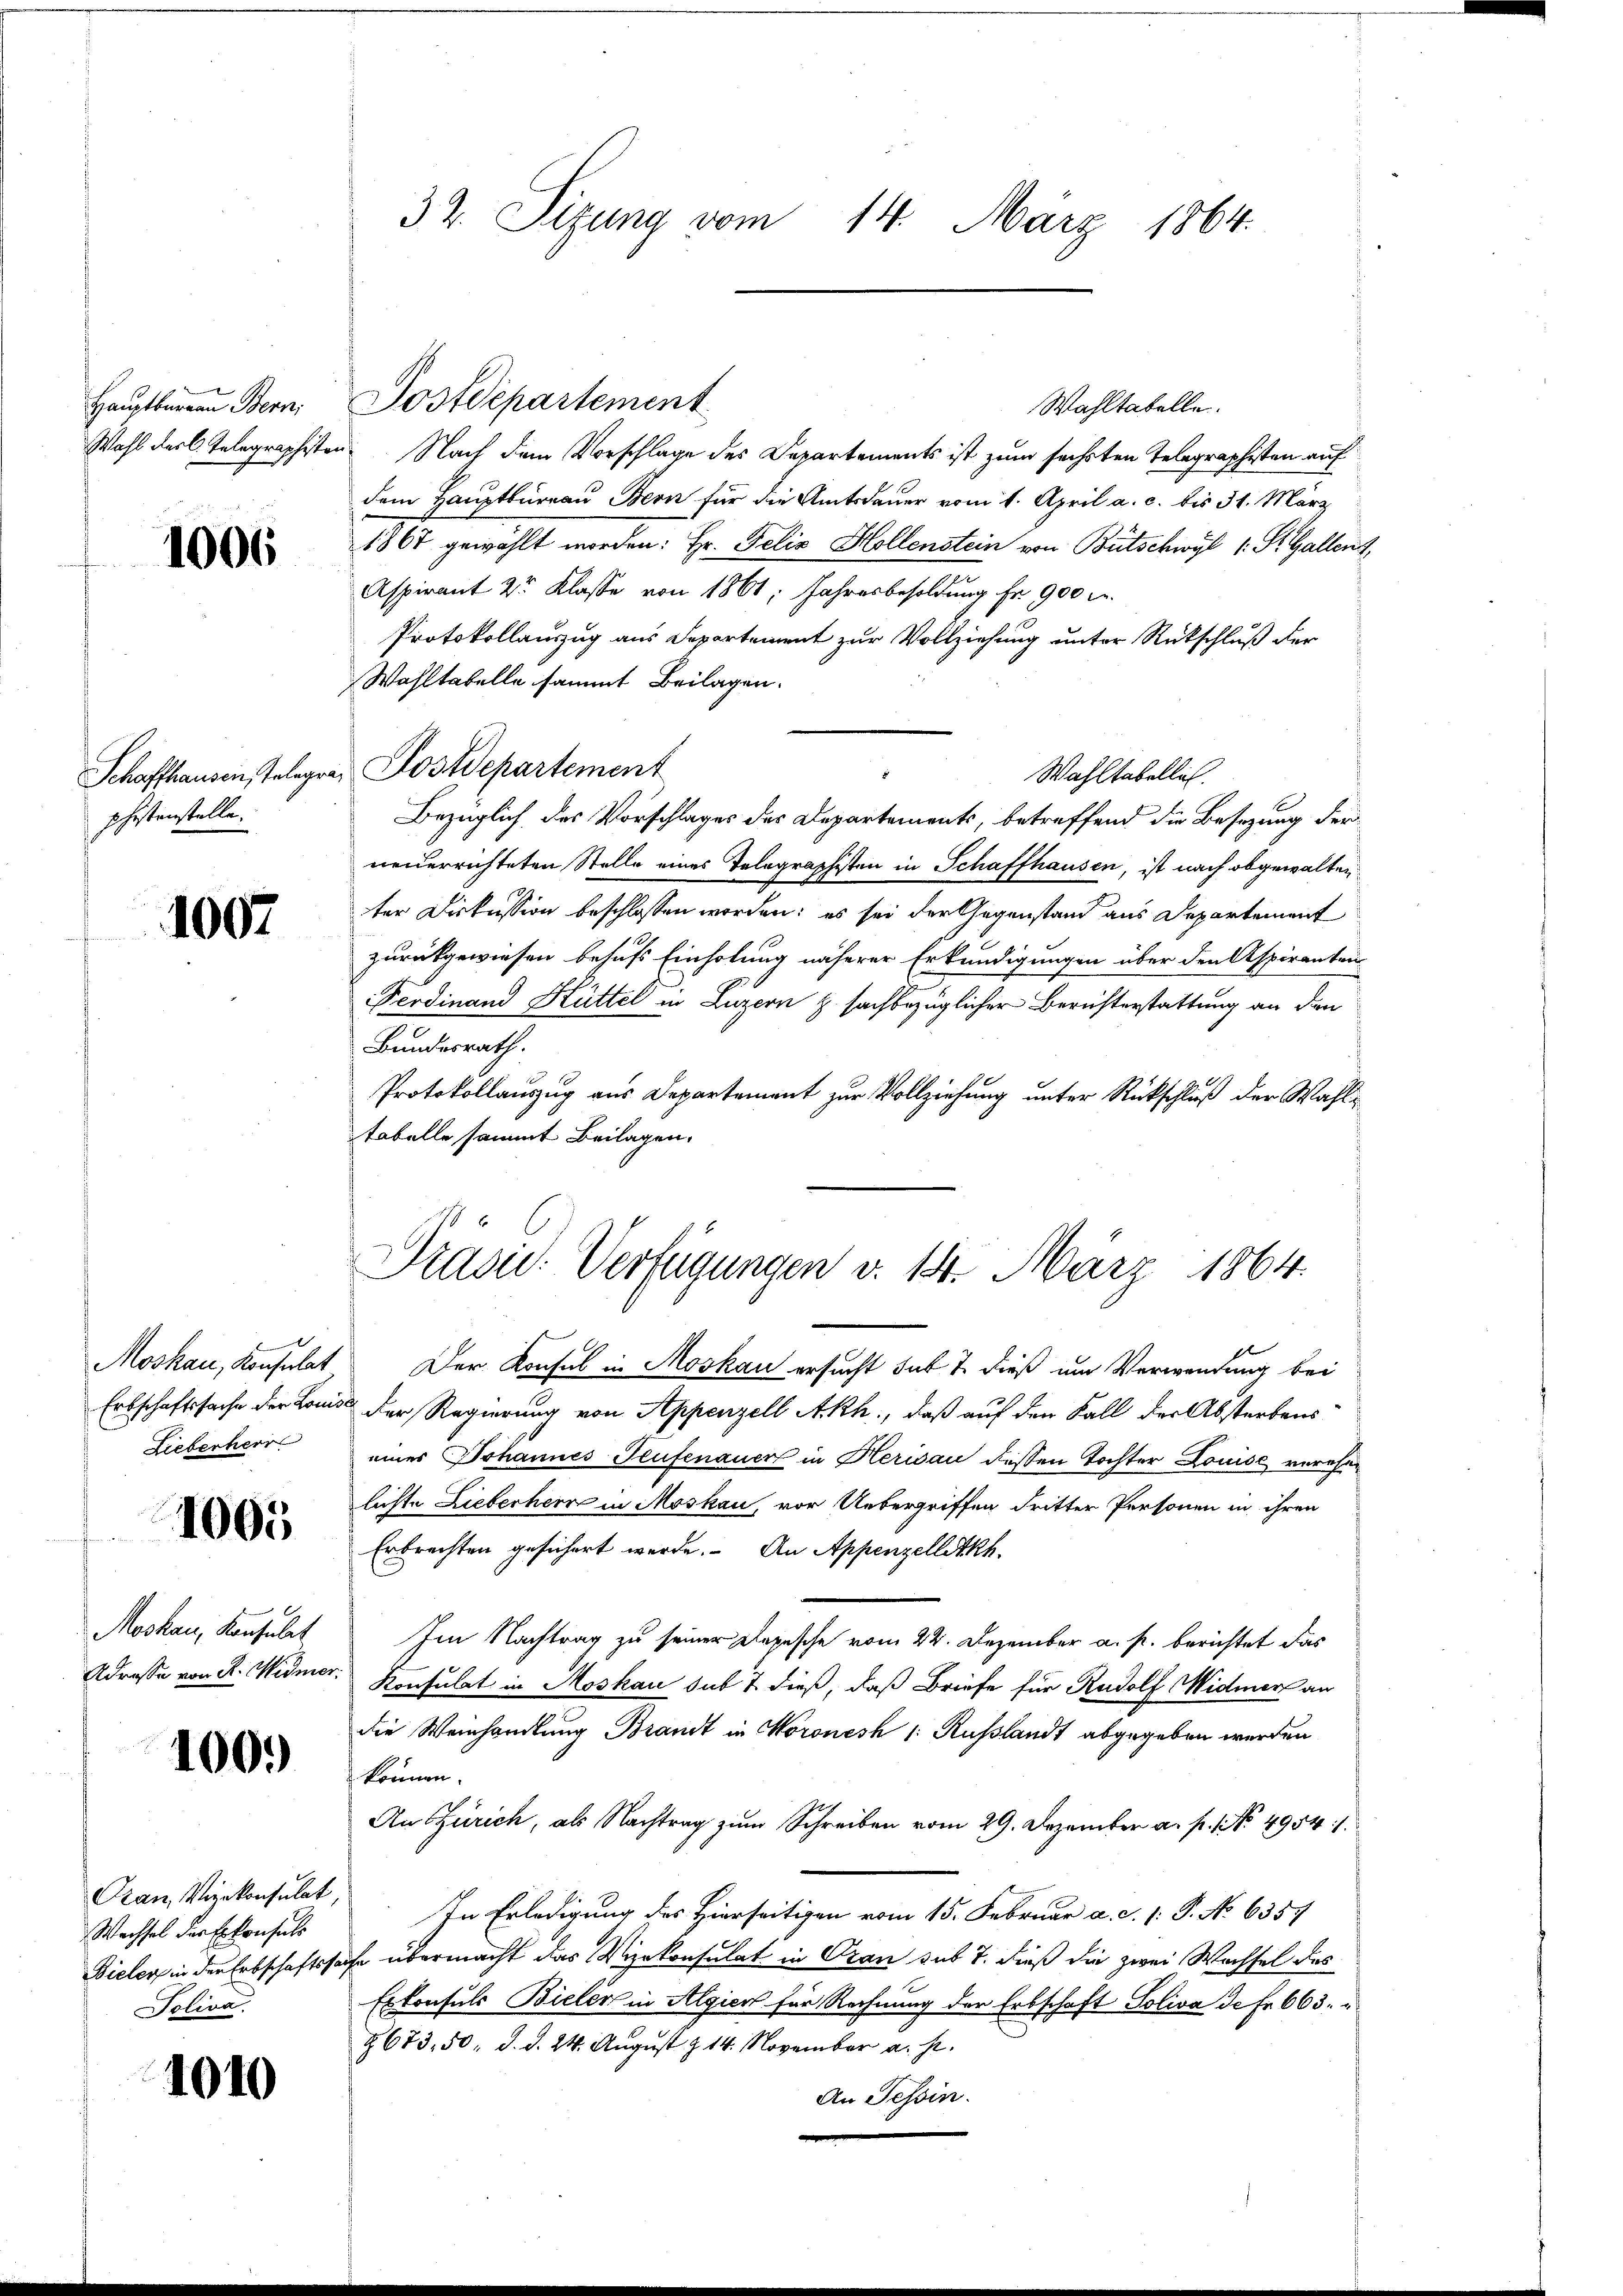
Hauptmann Bern
Wahl der C. Telegraphist

1006

Schaffhausen, Telegra
phistenstelle.

1007

Moskau, Konsulat
Erbschaftssache der Loni¬
Liebenherr

1065

Moskau, Konsulat
Adrasse von R. Widme.

100.)

Dan Vizekonsulat
Wechsel der Erkonsuls
Bieler in der Erbschaftsha
Soliva

1010

32. Sizung vom 14. März 1864.

Nach dem Vorschlage des Departements ist zum sechsten Telegraphisten auf
dem Hauptbureau Bern für die Amtsdauer vom 1. April a. c. bis 31. März
1867 gewählt worden: Hr. Felix Hollenstein von Bütschwyl (: St. Gallenz,
Aspirant 2r Klasse von 1861, Jahresbesoldung fr. 900 c.
Protokollauszug aus Departement zur Vollziehung unter Rückschluß der
Wahltabelle sammt Beilagen.
Postdepartement
Wahltabellich.
Bezüglich des Vorschlages des Departements, betreffend die Besizung derneuerrichteten Stelle eines Telegraphisten in Schaffhausen, ist nach abgewalten
ter Diskussion beschlossen worden; es sei der Gegenstand aus Departement
zurückgewiesen behufs Einholung näherer Erkundigungen über den Aspiranten
Ferdinand Hüttel in Luzern z sachbezüglicher Berichterstattung an den
Bundesrath.
Protokollauszug aus Departement zur Vollziehung unter Rückschluß der Wahltabelle sammt Beilagen.
Der Konsul in Moskau ersucht sub 7. dieß um Verwendung bei
5 der Regierung von Appenzell Akh., daß auf den Fall der Absterbens
eines Johannes Teufenauer in Herisau dessen Tochter Louise verehen
lichte Lieberheer in Moskau, vor Uebergriffen dritter Personen in ihren
Erbrechten gesichert werde. An Appenzelletkh.
Im Nachtrag zu seiner Depesche vom 22. Dezember a. p. berichtet das
Konsulat in Moskau sub 7 dieß, daß Briefe für Rudolf Widmer an
die Weinhandlung Brandt in Woronesh 1: Russlandt abgegeben werden
können.
An Zürich, als Nachtrag zum Schreiben vom 29. Dezember a. p. No. 4954. 1
In Erledigung des Hierseitigen vom 15. Februar a. c. (: P. No 6357
iche übermacht das Vizekonsulat in Oran sub 7. dieß die zwei Wachsel des
Erkonsuls Bieler in Algier für Rechnung der Erbschaft Soliva de Fr. 663.
8673. 50. d. d. 24. August z. 14. November a. p.
An Tessin.

Postdepartement

Wahltabelle.

Präsid. Verfügungen v. 14. März 1864.